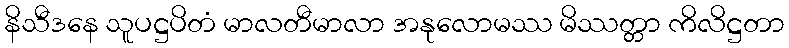
နိသီဒနေ သူပဋ္ဌပိတံ မာလတီမာလာ အနုလောမဿ မိဿတ္တာ ကိလိဋ္ဌတာ